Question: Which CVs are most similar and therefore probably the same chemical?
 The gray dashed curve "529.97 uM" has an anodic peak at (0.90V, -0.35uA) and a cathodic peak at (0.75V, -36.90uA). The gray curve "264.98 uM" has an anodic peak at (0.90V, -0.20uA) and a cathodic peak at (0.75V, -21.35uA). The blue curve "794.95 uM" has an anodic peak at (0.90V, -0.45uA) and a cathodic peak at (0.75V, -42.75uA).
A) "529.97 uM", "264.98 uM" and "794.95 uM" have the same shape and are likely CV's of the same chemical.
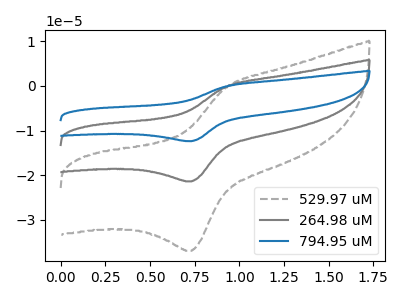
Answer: <think>All the peaks in "529.97 uM" have a peak in "264.98 uM" at the same potential. All the peaks in "529.97 uM" have a peak in "794.95 uM" at the same potential. All the peaks in "264.98 uM" have a peak in "794.95 uM" at the same potential.
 </think>
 <answer>A) "529.97 uM", "264.98 uM" and "794.95 uM" have the same shape and are likely CV's of the same chemical.</answer>
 <eval>A</eval>